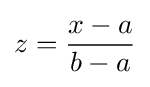
z={\dfrac {x-a}{b-a}}